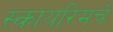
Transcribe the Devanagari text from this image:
स्कायरिमचे